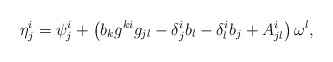
\begin{align*}\eta^i_j=\psi^i_j+\left(b_kg^{ki}g_{jl}-\delta^i_jb_l-\delta^i_lb_j+A^i_{jl}\right)\omega^l,\end{align*}